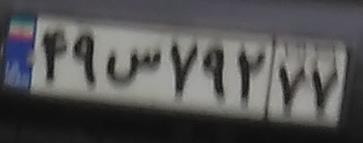
۴۹س۷۹۲۷۷